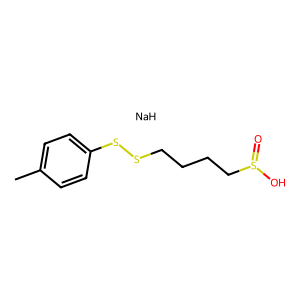
SMILES: Cc1ccc(SSCCCCS(=O)O)cc1.[NaH]
Inhibits HIV replication: No